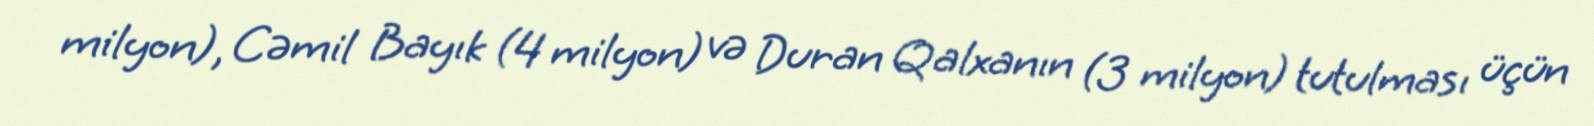
milyon), Cəmil Bayık (4 milyon) və Duran Qalxanın (3 milyon) tutulması üçün